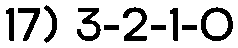
17) 3-2-1-0